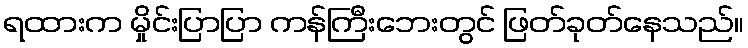
ရထားက မှိုင်းပြာပြာ ကန်ကြီးဘေးတွင် ဖြတ်ခုတ်နေသည်။